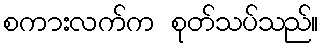
စကားလက်က စုတ်သပ်သည်။